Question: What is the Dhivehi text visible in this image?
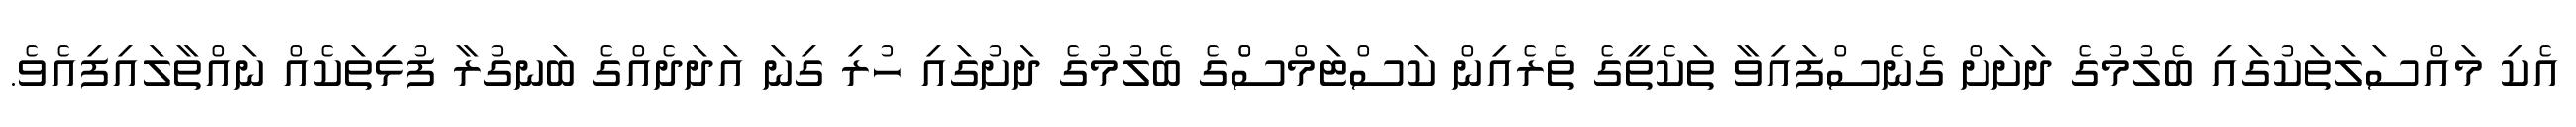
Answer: އެކި މައްސަލަތަކުގައި ބެލުމުގެ ދަށަށް ގެނެސްފައިވާ ތަކެތީގެ ތެރެއިން ކަސްޓަމްސްެގެ ބެލުމުގެ ދަށުގައި ހުރި ގިނަ އަދަދެއްގެ ބަނގުރާ ފުޅިތަކެއް ނައްތާލައިފިއެވެ.